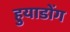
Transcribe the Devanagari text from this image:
हुयाडोंग